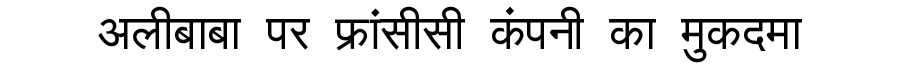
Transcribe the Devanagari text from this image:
अलीबाबा पर फ्रांसीसी कंपनी का मुकदमा